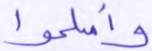
وأسلموا